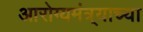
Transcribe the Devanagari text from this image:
आरोग्यमंत्र्याच्या